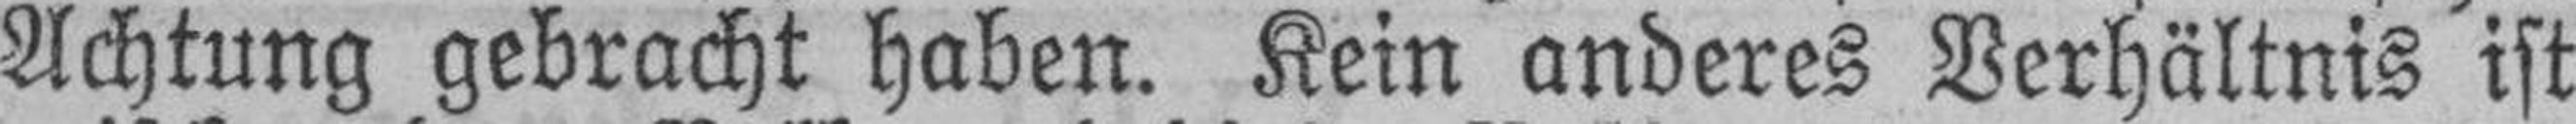
Achtung gebracht haben. Kein anderes Verhältnis ist